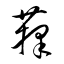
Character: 籜